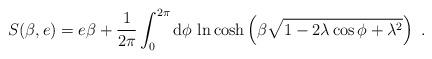
LaTeX: \begin{align*}S(\beta ,e)=e \beta +\frac{1}{2\pi} \int_0^{2\pi}\mathrm{d}\phi \, \ln \cosh \left (\beta \sqrt{1-2\lambda \cos \phi +\lambda^2}\right ) \ .\end{align*}